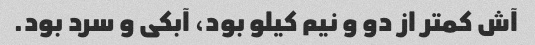
آش کمتر از دو و نیم کیلو بود، آبکی و سرد بود.